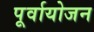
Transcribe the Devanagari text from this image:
पूर्वायोजन